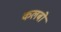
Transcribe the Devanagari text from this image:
कलबो